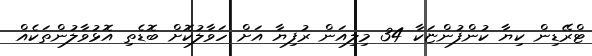
ޓްރޭޑިން ކިޔާ ކުންފުންޏަކާ 34 މިލިއަން ރުފިޔާ އަށް ހަވާލުކޮށް ބޮޑެތި އޮޅުވާލުންތަކެއް